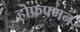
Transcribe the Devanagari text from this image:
होफफ्मन